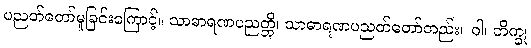
ပညတ်တော်မူခြင်းကြောင့်။ သာဓာရဏပညတ္တိ၊ သာဓာရဏပညတ်တော်တည်း။ ဝါ၊ ဘိက္ခု